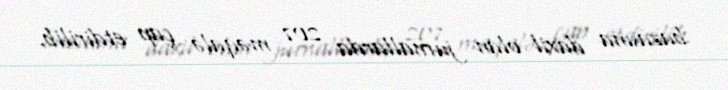
bazasına daxil olan jurnallarda 207 məqalə çap etdirilib.